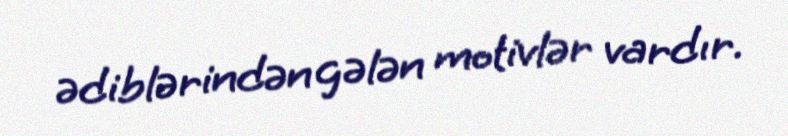
ədiblərindən gələn motivlər vardır.